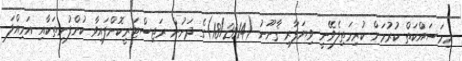
މިމަސައްކަތް ކުރުމަށް ކުރިމަތިލެވޭނީ ވިޔަފާރި ޤާނޫނު (18/2014)ގެ ދަށުން ރަޖިސްޓަރީކޮށްފައިވާ ކުންފުނިތަކާއި އަމިއްލަ